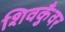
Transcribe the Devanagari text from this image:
शिवकुँवर